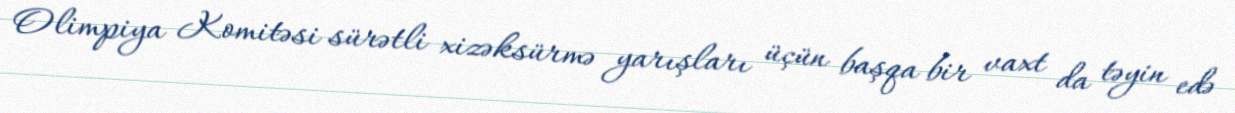
Olimpiya Komitəsi sürətli xizəksürmə yarışları üçün başqa bir vaxt da təyin edə